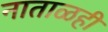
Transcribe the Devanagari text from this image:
नाताळही